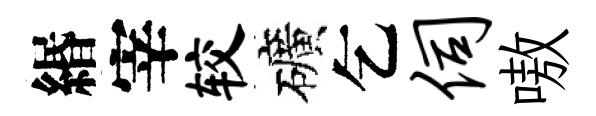
緡宰较礦乞伺嗷